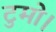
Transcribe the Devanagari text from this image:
टुमो।